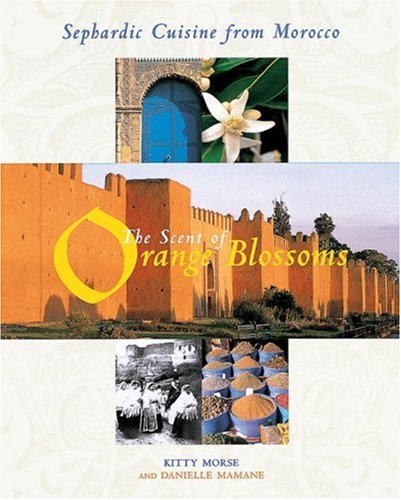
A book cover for The Scent of Orange Blossoms: Sephardic Cuisine from Morocco; Kitty Morse; Cookbooks, Food & Wine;